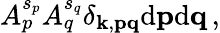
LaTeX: A_{p}^{s_{p}}A_{q}^{s_{q}}\delta_{{\mathbf k},{\mathbf p}{\mathbf q}}\mathrm{d}{\mathbf p}\mathrm{d}{\mathbf q}\, ,